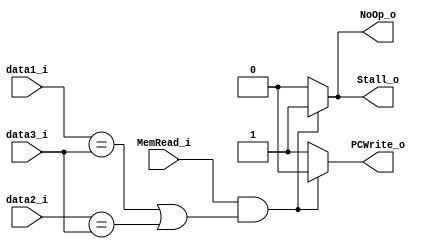
module Hazard_Detection
(
    data1_i,
    data2_i,
    data3_i,
    MemRead_i,
    PCWrite_o,
    Stall_o,
    NoOp_o
);

input   [4:0]  data1_i;
input   [4:0]  data2_i;
input   [4:0]  data3_i;
input           MemRead_i;
output          PCWrite_o;
output          Stall_o;
output          NoOp_o;

reg             PCWrite_o;
reg             Stall_o;
reg             NoOp_o;

always @(*) begin
    if (MemRead_i && (data1_i == data3_i || data2_i == data3_i)) begin
        PCWrite_o <= 1'b0; // don't update PC
        Stall_o <= 1'b1; // do stall
        NoOp_o <= 1'b1; // no operation
    end

    else begin
        PCWrite_o <= 1'b1;
        Stall_o <= 1'b0;
        NoOp_o <= 1'b0;
    end
end

endmodule